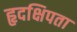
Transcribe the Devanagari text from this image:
हृदक्षिपता